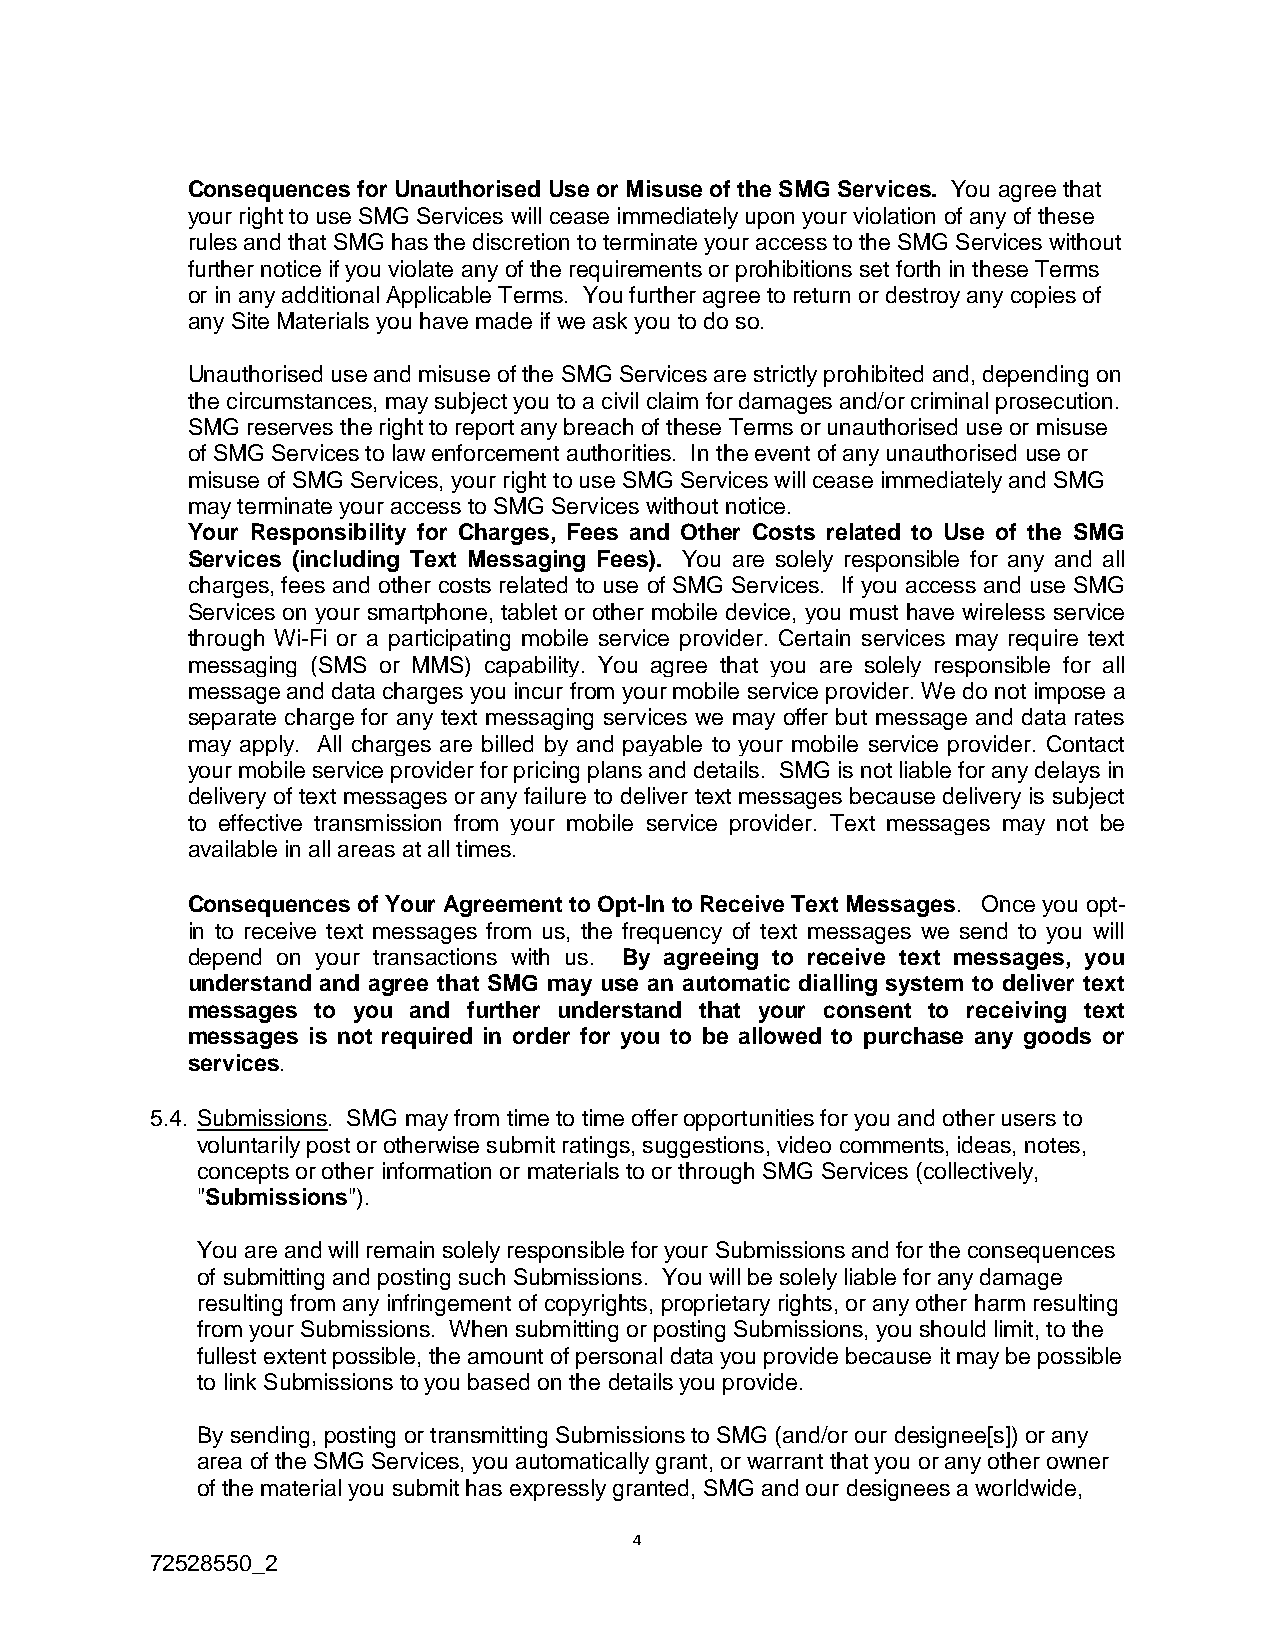
Consequences for Unauthorised Use or Misuse of the SMG Services. You agree that
 your right to use SMG Services will cease immediately upon your violation of any of these
 rules and that SMG has the discretion to terminate your access to the SMG Services without
 further notice if you violate any of the requirements or prohibitions set forth in these Terms
 or in any additional Applicable Terms. You further agree to return or destroy any copies of
 any Site Materials you have made if we ask you to do so.
 Unauthorised use and misuse of the SMG Services are strictly prohibited and, depending on
 the circumstances, may subject you to a civil claim for damages and/or criminal prosecution.
 SMG reserves the right to report any breach of these Terms or unauthorised use or misuse
 of SMG Services to law enforcement authorities. In the event of any unauthorised use or
 misuse of SMG Services, your right to use SMG Services will cease immediately and SMG
 may terminate your access to SMG Services without notice.
 Your Responsibility for Charges, Fees and Other Costs related to Use of the SMG
 Services (including Text Messaging Fees). You are solely responsible for any and all
 charges, fees and other costs related to use of SMG Services. If you access and use SMG
 Services on your smartphone, tablet or other mobile device, you must have wireless service
 through Wi-Fi or a participating mobile service provider. Certain services may require text
 messaging (SMS or MMS) capability. You agree that you are solely responsible for all
 message and data charges you incur from your mobile service provider. We do not impose a
 separate charge for any text messaging services we may offer but message and data rates
 may apply. All charges are billed by and payable to your mobile service provider. Contact
 your mobile service provider for pricing plans and details. SMG is not liable for any delays in
 delivery of text messages or any failure to deliver text messages because delivery is subject
 to effective transmission from your mobile service provider. Text messages may not be
 available in all areas at all times.
 Consequences of Your Agreement to Opt-In to Receive Text Messages. Once you opt-
 in to receive text messages from us, the frequency of text messages we send to you will
 depend on your transactions with us. By agreeing to receive text messages, you
 understand and agree that SMG may use an automatic dialling system to deliver text
 messages to you and further understand that your consent to receiving text
 messages is not required in order for you to be allowed to purchase any goods or
 services.
 5.4. Submissions. SMG may from time to time offer opportunities for you and other users to
 voluntarily post or otherwise submit ratings, suggestions, video comments, ideas, notes,
 concepts or other information or materials to or through SMG Services (collectively,
 "Submissions").
 You are and will remain solely responsible for your Submissions and for the consequences
 of submitting and posting such Submissions. You will be solely liable for any damage
 resulting from any infringement of copyrights, proprietary rights, or any other harm resulting
 from your Submissions. When submitting or posting Submissions, you should limit, to the
 fullest extent possible, the amount of personal data you provide because it may be possible
 to link Submissions to you based on the details you provide.
 By sending, posting or transmitting Submissions to SMG (and/or our designee[s]) or any
 area of the SMG Services, you automatically grant, or warrant that you or any other owner
 of the material you submit has expressly granted, SMG and our designees a worldwide,
 4
 72528550_2